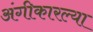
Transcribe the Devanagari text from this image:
अंगीकारल्या